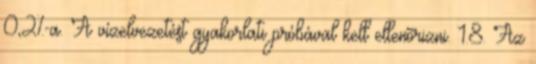
0,2%-a. A vízelvezetést gyakorlati próbával kell ellenõrizni. 1.8. Az